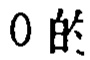
0 的